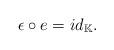
LaTeX: \begin{align*}\epsilon\circ e = id_{\mathbb{K}}.\end{align*}